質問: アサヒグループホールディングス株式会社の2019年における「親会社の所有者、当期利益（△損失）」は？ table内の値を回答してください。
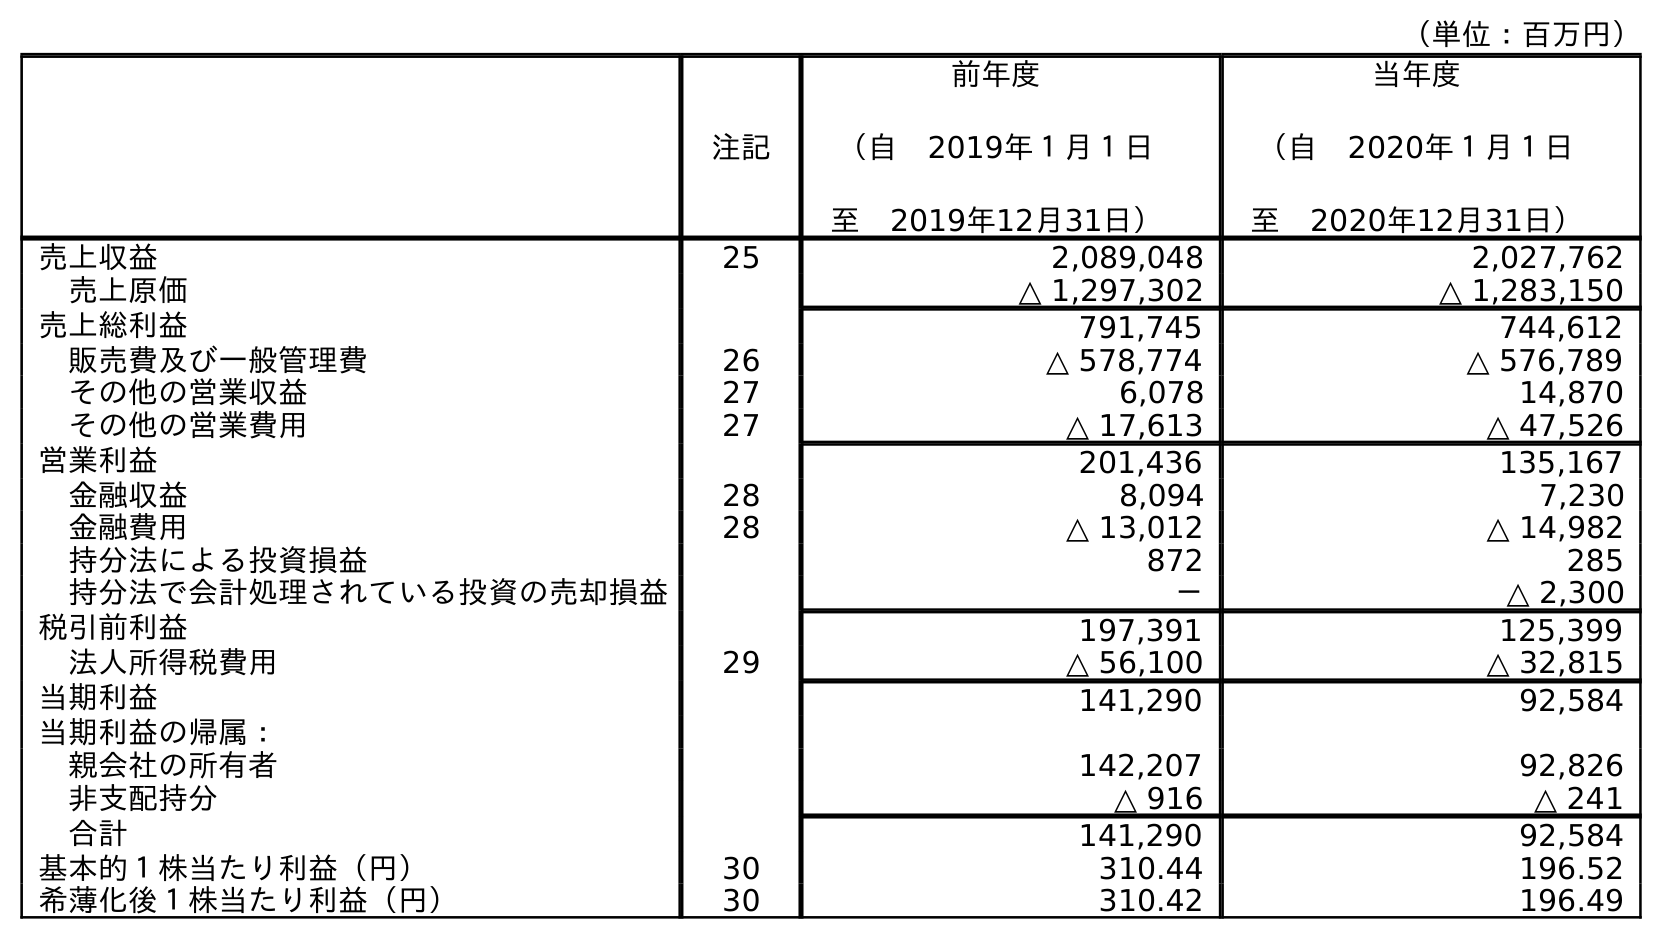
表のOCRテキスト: （単位：百万円） 注記 前年度 （自 2019年１月１日 至 2019年12月31日） 当年度 （自 2020年１月１日 至 2020年12月31日） 売上収益 25 2,089,048 2,027,762 売上原価 △ 1,297,302 △ 1,283,150 売上総利益 791,745 744,612 販売費及び一般管理費 26 △ 578,774 △ 576,789 その他の営業収益 27 6,078 14,870 その他の営業費用 27 △ 17,613 △ 47,526 営業利益 201,436 135,167 金融収益 28 8,094 7,230 金融費用 28 △ 13,012 △ 14,982 持分法による投資損益 872 285 持分法で会計処理されている投資の売却損益 － △ 2,300 税引前利益 197,391 125,399 法人所得税費用 29 △ 56,100 △ 32,815 当期利益 141,290 92,584 当期利益の帰属： 親会社の所有者 142,207 92,826 非支配持分 △ 916 △ 241 合計 141,290 92,584 基本的１株当たり利益（円） 30 310.44 196.52 希薄化後１株当たり利益（円） 30 310.42 196.49
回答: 142,207